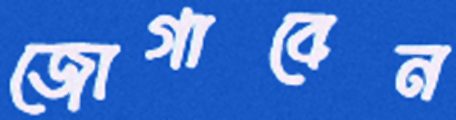
জোগাবেন